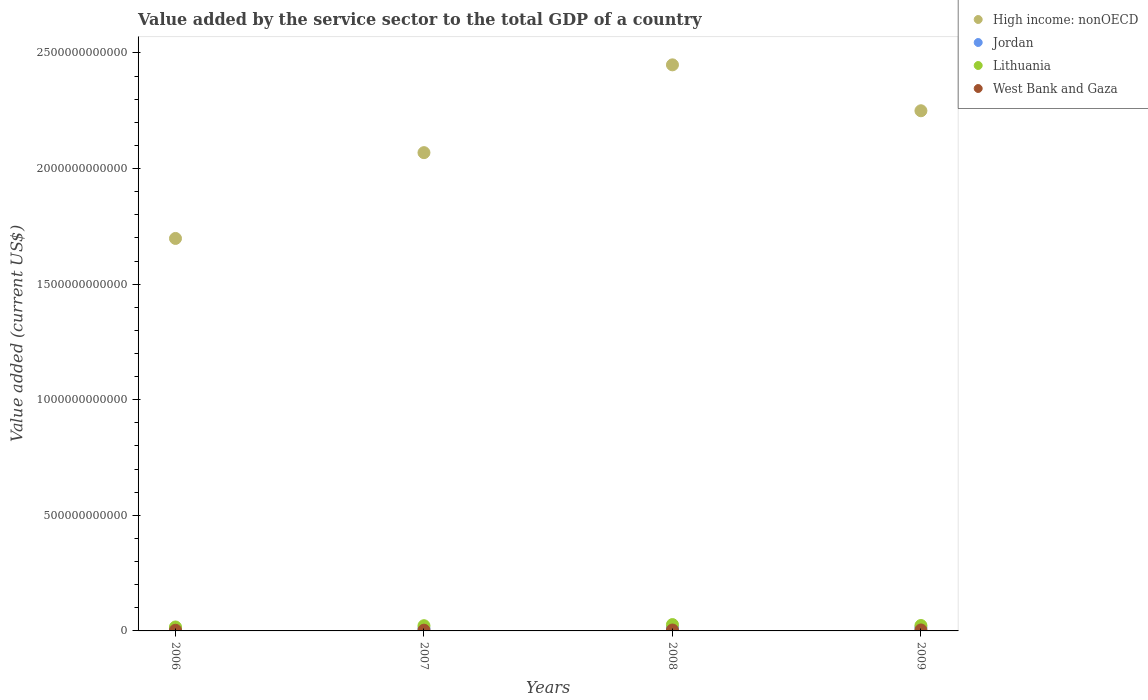
| Years | High income: nonOECD | Jordan | Lithuania | West Bank and Gaza |
 | --- | --- | --- | --- | --- |
 | 2006 | 1.7e+12 | 8.99e+09 | 1.7e+10 | 2.97e+09 |
 | 2007 | 2.07e+12 | 9.99e+09 | 2.25e+10 | 3.29e+09 |
 | 2008 | 2.45e+12 | 1.25e+10 | 2.74e+10 | 3.89e+09 |
 | 2009 | 2.25e+12 | 1.37e+10 | 2.34e+10 | 4.24e+09 |